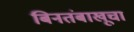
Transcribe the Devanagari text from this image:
बिनतंबाखूचा